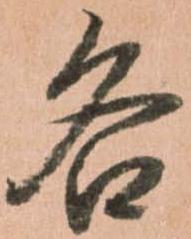
各